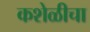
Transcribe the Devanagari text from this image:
कशेळीचा